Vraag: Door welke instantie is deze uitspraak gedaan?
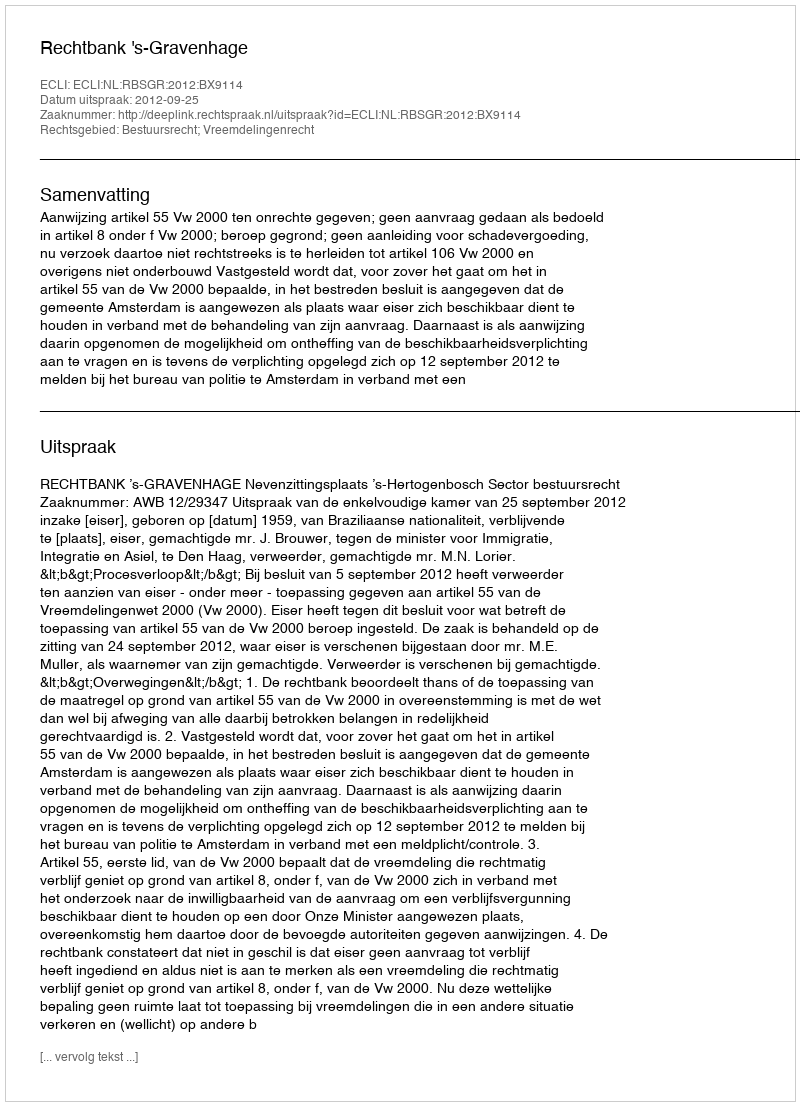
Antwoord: Rechtbank 's-Gravenhage